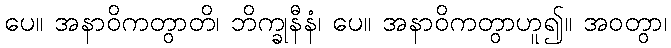
ပေ။ အနာဝိကတွာတိ၊ ဘိက္ခုနီနံ၊ ပေ။ အနာဝိကတွာဟူ၍။ အဝတွာ၊